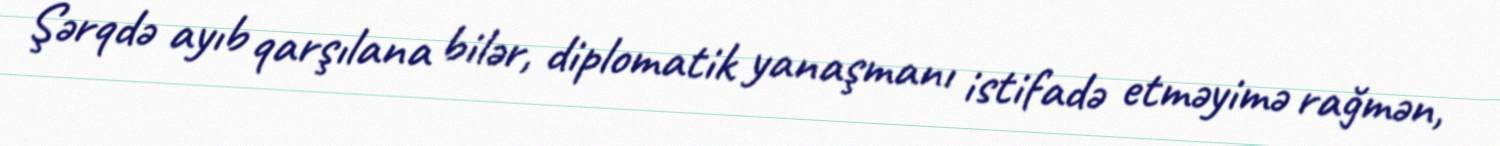
Şərqdə ayıb qarşılana bilər, diplomatik yanaşmanı istifadə etməyimə rağmən,